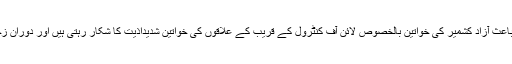
صحت کی سہولیات نہ ہونے کے باعث آزاد کشمیر کی خواتین بالخصوص لائن آف کنٹرول کے قریب کے علاقوں کی خواتین شدیداذیت کا شکار رہتی ہیں اور دوران زچگی شدید مسائل کا سامنا رہتا ہے۔